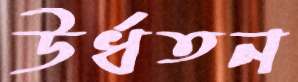
উর্ধতন